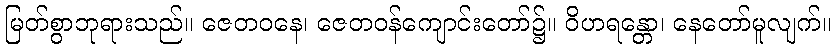
မြတ်စွာဘုရားသည်။ ဇေတဝနေ၊ ဇေတဝန်ကျောင်းတော်၌။ ဝိဟရန္တော၊ နေတော်မူလျက်။